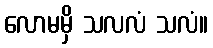
လောမမှိ သလလံ သလံ။